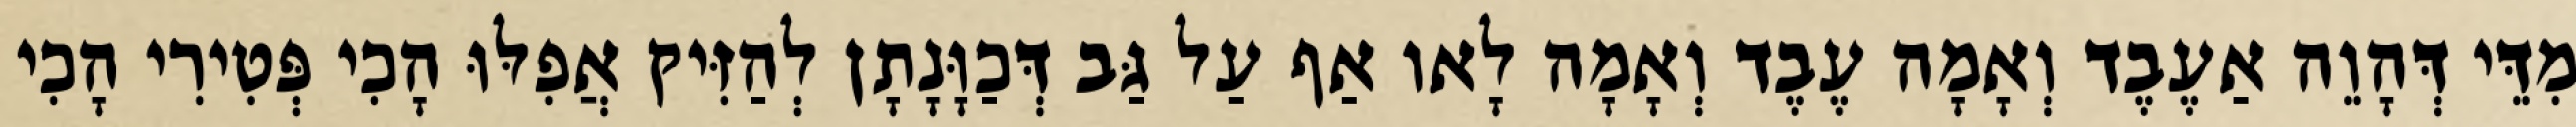
מִדֵּי דְּהָוֵה אַעֶבֶד וְאָמָה עֶבֶד וְאָמָה לָאו אַף עַל גַּב דְּכַוָּנָתָן לְהַזִּיק אֲפִלּוּ הָכִי פְּטִירִי הָכִי